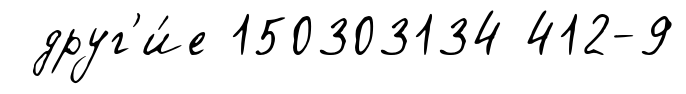
друг'и́е 150303134 412-9